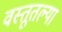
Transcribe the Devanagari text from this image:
वस्तूतल्या